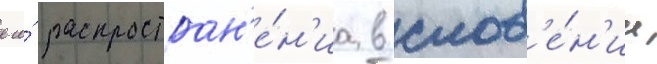
его́ распростран'е́н'иа в слов'е́н'ии